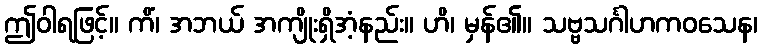
ဤဝါရဖြင့်။ ကိံ၊ အဘယ် အကျိုးရှိအံ့နည်း။ ဟိ၊ မှန်၏။ သဗ္ဗသင်္ဂါဟကဝသေန၊